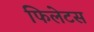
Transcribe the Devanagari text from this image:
फिलेटस